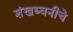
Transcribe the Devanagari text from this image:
शंखध्वनीचे